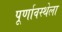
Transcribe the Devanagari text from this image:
पूर्णावस्थेला